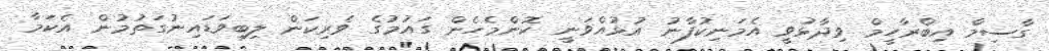
ގާސިމް އިބްރާހީމް ވިދާޅުވީ އެމަނިކުފާނު އުޅުއްވަނީ ކޮންމެހެން ގައުމުގެ ވެރިކަން ލިބިވަޑައިނުގަތުމުން އެކަމާ